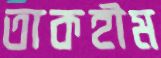
তাকহীম